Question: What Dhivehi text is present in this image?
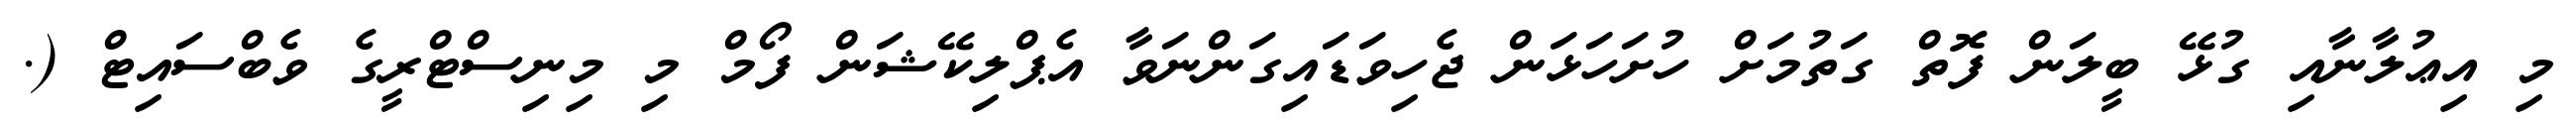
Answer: މި އިޢުލާނާއި ގުޅޭ ބީލަން ފޮތް ގަތުމަށް ހުށަހަޅަން ޖެހިވަޑައިގަންނަވާ އެޕްލިކޭޝަން ފޯމް މި މިނިސްޓްރީގެ ވެބްސައިޓް (.